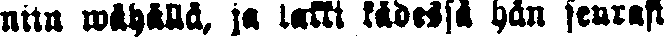
niin wähällä, ja lakki kädessä hän seurasi